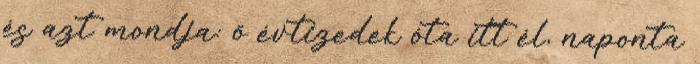
és azt mondja: ő évtizedek óta itt él, naponta